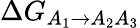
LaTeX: \Delta G_{A_{1}\rightarrow A_{2}A_{3}}